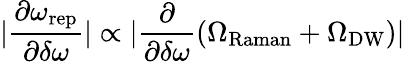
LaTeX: |\frac{\partial\omega_{\mathrm{rep}}}{\partial\delta\omega}|\propto|\frac{\partial}{\partial\delta\omega}(\Omega_{\mathrm{Raman}}+\Omega_{\mathrm{DW}})|